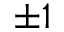
\pm 1